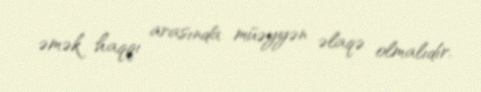
əmək haqqı arasında müəyyən əlaqə olmalıdır.